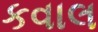
કવાલ